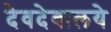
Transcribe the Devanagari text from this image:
देवदेवालये